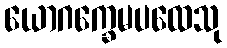
ယောဂက္ခေမပထေသု